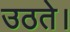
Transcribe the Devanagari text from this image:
उठते।